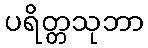
ပရိတ္တသုဘာ